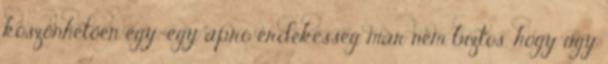
köszönhetően egy-egy apró érdekesség már nem biztos, hogy úgy